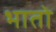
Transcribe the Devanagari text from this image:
भातो